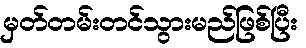
မှတ်တမ်းတင်သွားမည်ဖြစ်ပြီး